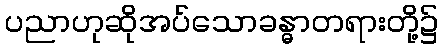
ပညာဟုဆိုအပ်သောခန္ဓာတရားတို့၌